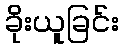
ခိုးယူခြင်း